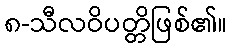
၈-သီလဝိပတ္တိဖြစ်၏။